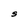
Character: S